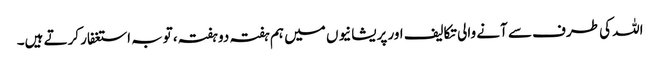
اللہ کی طرف سے آنے والی تکالیف اور پریشانیوں میں ہم ہفتہ دو ہفتہ، توبہ استغفار کرتے ہیں۔